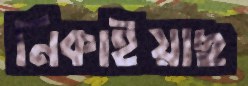
নিকাইয়াছ